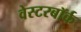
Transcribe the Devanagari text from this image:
वेस्टरबॉर्क